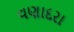
વણાદરા